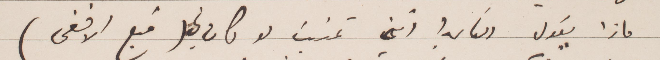
ماذا يقول الناس انني تمنيت او كان  في (قبع الافعى)